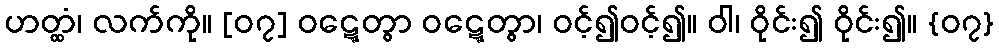
ဟတ္ထံ၊ လက်ကို။ [၀၇] ဝဋ္ဋေတွာ ဝဋ္ဋေတွာ၊ ဝင့်၍ဝင့်၍။ ဝါ၊ ဝိုင်း၍ ဝိုင်း၍။ {၀၇}